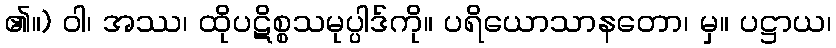
၏။) ဝါ၊ အဿ၊ ထိုပဋိစ္စသမုပ္ပါဒ်ကို။ ပရိယောသာနတော၊ မှ။ ပဋ္ဌာယ၊